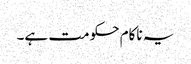
یہ ناکام حکومت ہے۔